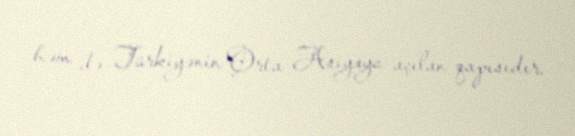
həm də Türkiyənin Orta Asiyaya açılan qapısıdır.